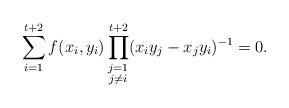
LaTeX: \begin{align*}\sum_{i=1}^{t+2} f(x_{i}, y_{i}) \prod_{\substack{j = 1 \\ j \neq i}}^{t+2} (x_{i}y_{j} - x_{j}y_{i})^{-1} = 0.\end{align*}